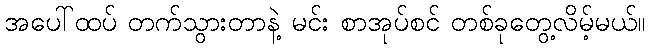
အပေါ်ထပ် တက်သွားတာနဲ့ မင်း စာအုပ်စင် တစ်ခုတွေ့လိမ့်မယ်။